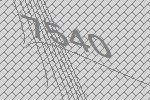
7540